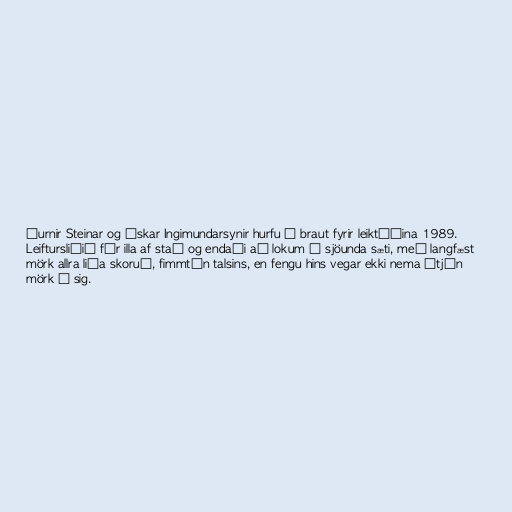
ðurnir Steinar og Óskar Ingimundarsynir hurfu á braut fyrir leiktíðina 1989.
Leiftursliðið fór illa af stað og endaði að lokum í sjöunda sæti, með langfæst
mörk allra liða skoruð, fimmtán talsins, en fengu hins vegar ekki nema átján
mörk á sig.